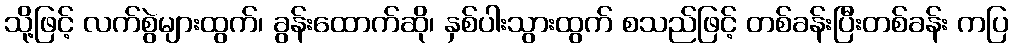
သို့ဖြင့် လက်စွဲများထွက်၊ ခွန်းထောက်ဆို၊ နှစ်ပါးသွားထွက် စသည်ဖြင့် တစ်ခန်းပြီးတစ်ခန်း ကပြ